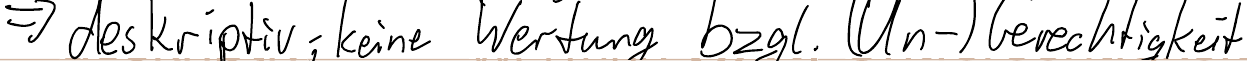
=> deskriptiv; keine Wertung bzgl. (Un-) Gerechtigkeit